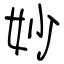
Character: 妙